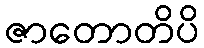
ဇာတောတိပိ